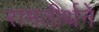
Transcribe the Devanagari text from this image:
रामतीर्थने